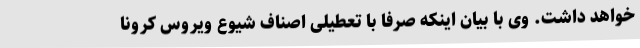
خواهد داشت. وی با بیان اینکه صرفا با تعطیلی اصناف شیوع ویروس کرونا